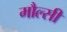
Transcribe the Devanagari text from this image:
मौल्सी